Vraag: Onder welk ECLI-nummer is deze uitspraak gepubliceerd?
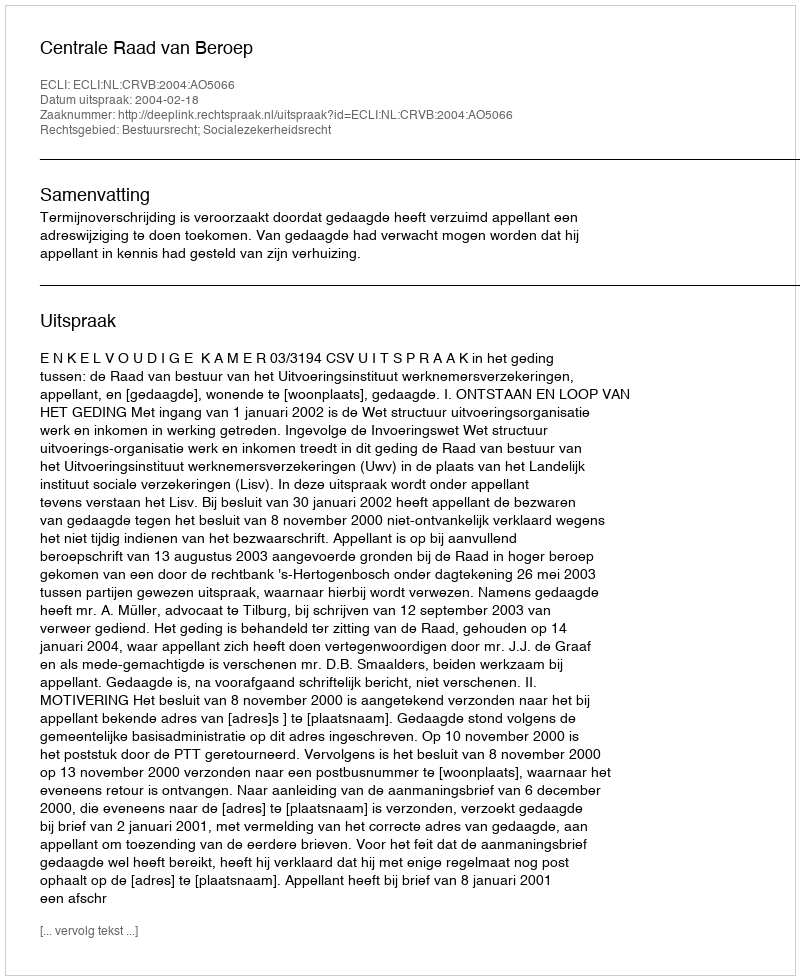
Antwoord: ECLI:NL:CRVB:2004:AO5066